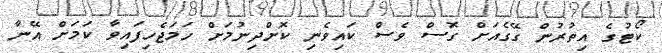
ކޯޓުގެ އިތުރުން ގޭގެއަށް ގޮސް ވެސް ކައިވެނި ކޮށްދިނުމަށް ހަމަޖެހިފައިވާ ކަމަށް އޭނާ